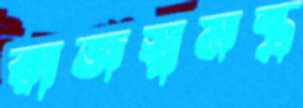
রাজস্বমন্ত্র